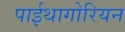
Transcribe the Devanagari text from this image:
पाईथागोरियन